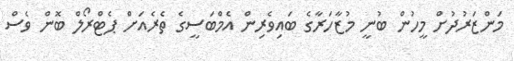
މަންޒަރުދުށް މީހުން ބުނީ މުޒާހަރާގެ ބައިވެރިން އެމްބަސީގެ ތެރެއަށް ޕެޓްރޯލް ބޮން ވެސް